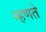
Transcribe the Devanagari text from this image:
म्‍हणते